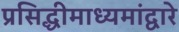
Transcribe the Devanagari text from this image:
प्रसिद्धीमाध्यमांद्वारे